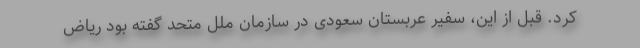
کرد. قبل از این، سفیر عربستان سعودی در سازمان ملل متحد گفته بود ریاض